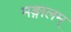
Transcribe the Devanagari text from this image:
मङ्गालम्